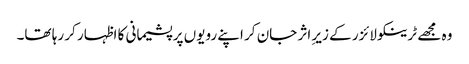
وہ مجھے ٹرینکو لائزر کے زیرِ اثر جان کر اپنے رویوں پر پشیمانی کا اظہار کر رہا تھا۔